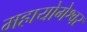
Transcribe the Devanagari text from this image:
महायोगेश्वर